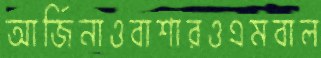
আর্জিনাওবাশারওএমবাল